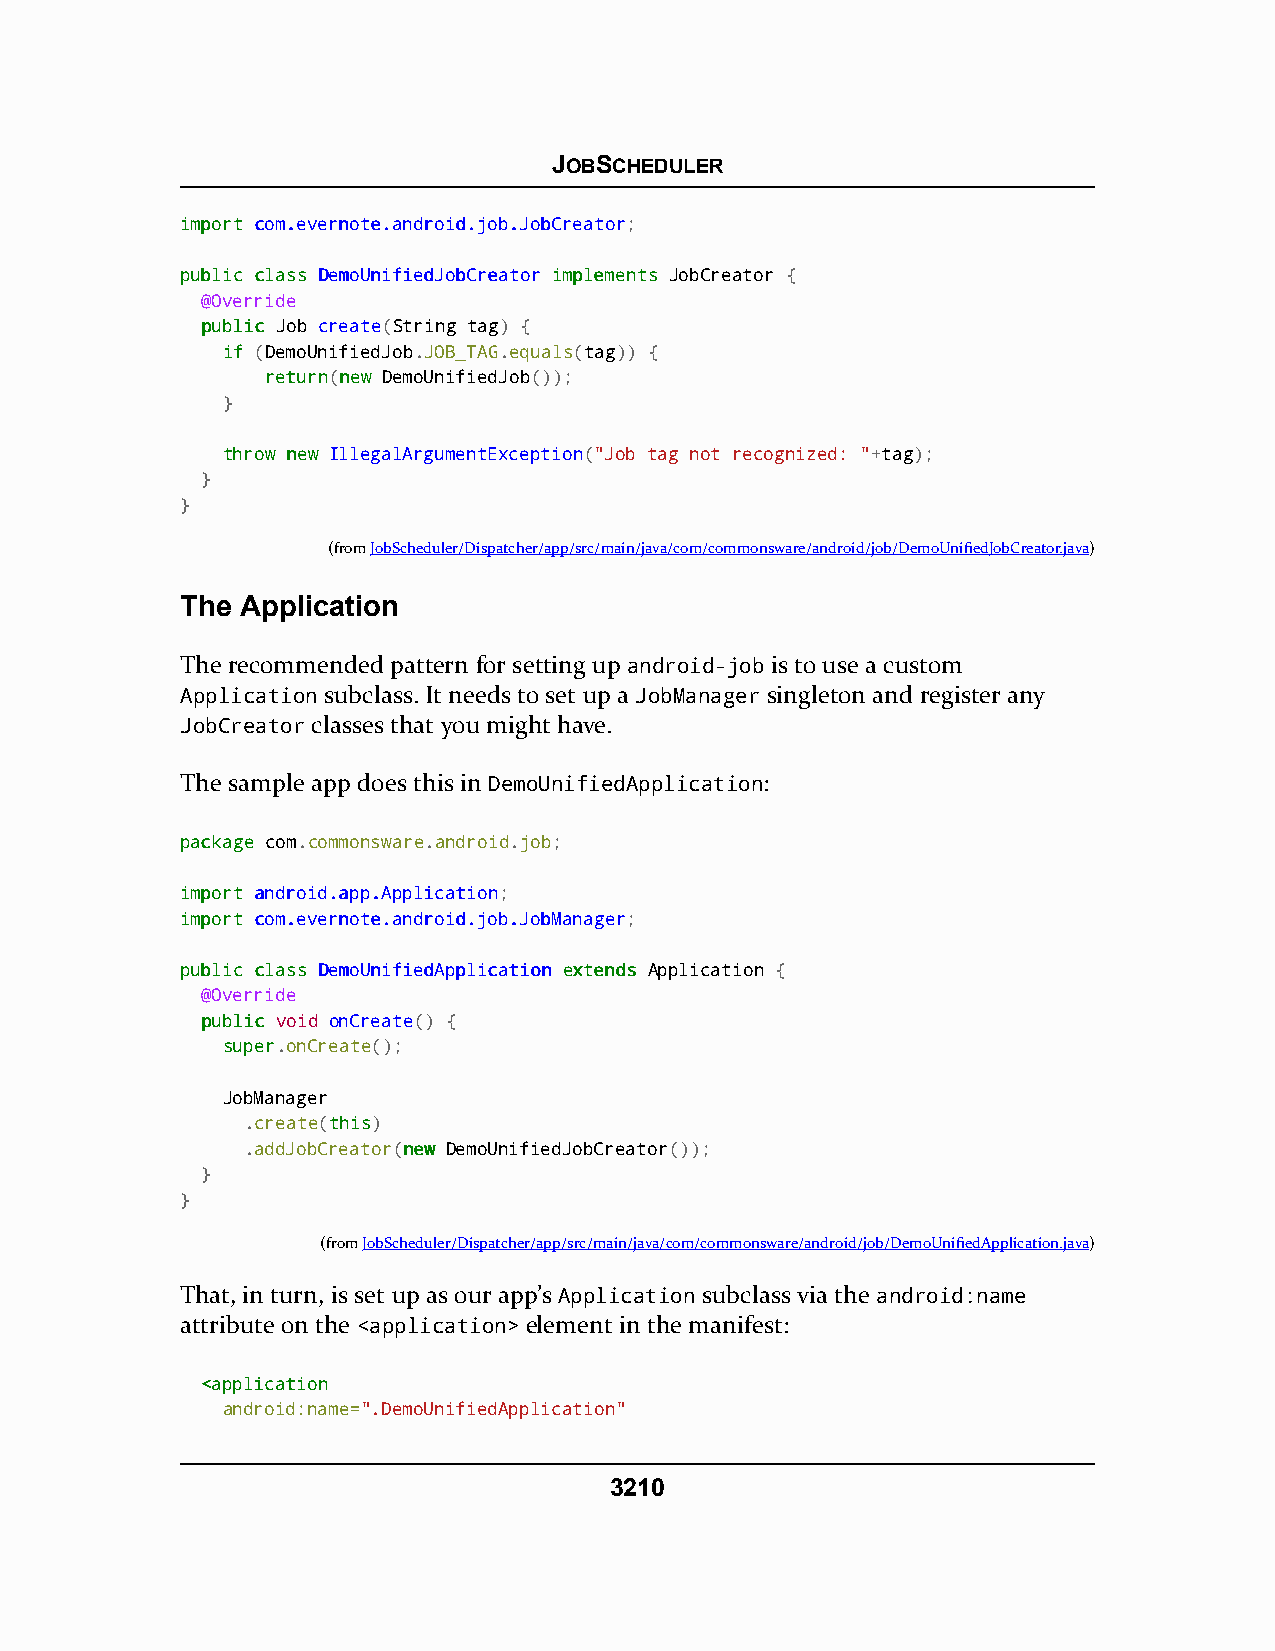
JOBSCHEDULER
 iimmppoorrtt ccoomm..eevveerrnnoottee..aannddrrooiidd..jjoobb..JJoobbCCrreeaattoorr;
 ppuubblliicc ccllaassss DDeemmooUUnniiffiieeddJJoobbCCrreeaattoorr iimmpplleemmeennttss JobCreator {
 @Override
 ppuubblliicc Job create(String tag) {
 iiff (DemoUnifiedJob.JOB_TAG.equals(tag)) {
 rreettuurrnn(nneeww DemoUnifiedJob());
 }
 tthhrrooww nneeww IllegalArgumentException("Job tag not recognized: "+tag);
 }
 }
 (fromJobScheduler/Dispatcher/app/src/main/java/com/commonsware/android/job/DemoUnifiedJobCreator.java)
 The Application
 The recommended pattern for setting up android-job is to use a custom
 Application subclass. It needs to set up a JobManager singleton and register any
 JobCreator classes that you might have.
 The sample app does this in DemoUnifiedApplication:
 ppaacckkaaggee com.commonsware.android.job;
 iimmppoorrtt aannddrrooiidd..aapppp..AApppplliiccaattiioonn;
 iimmppoorrtt ccoomm..eevveerrnnoottee..aannddrrooiidd..jjoobb..JJoobbMMaannaaggeerr;
 ppuubblliicc ccllaassss DDeemmooUUnniiffiieeddAApppplliiccaattiioonn eexxtteennddss Application {
 @Override
 ppuubblliicc void onCreate() {
 ssuuppeerr.onCreate();
 JobManager
 .create(tthhiiss)
 .addJobCreator(nneeww DemoUnifiedJobCreator());
 }
 }
 (fromJobScheduler/Dispatcher/app/src/main/java/com/commonsware/android/job/DemoUnifiedApplication.java)
 That, in turn, is set up as our app’s Application subclass via the android:name
 attribute on the <application> element in the manifest:
 <<aapppplliiccaattiioonn
 android:name=".DemoUnifiedApplication"
 3210